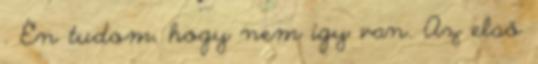
. Én tudom, hogy nem így van. Az első